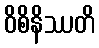
ဝိစိနိဿတိ